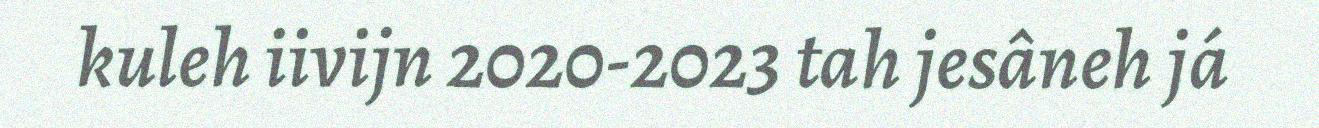
kuleh iivijn 2020-2023 tah jesâneh já